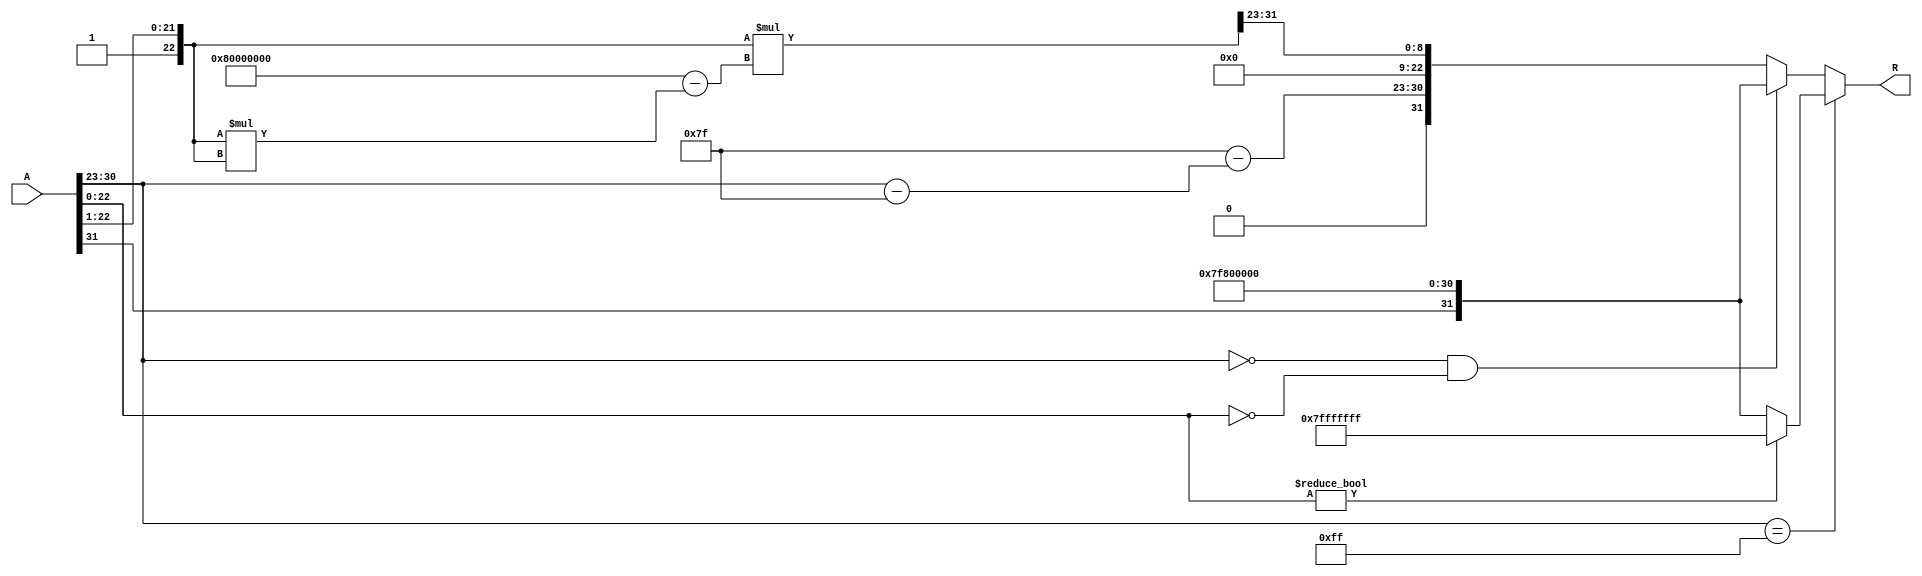
module floating_point_reciprocal (
    input  wire [31:0] A,      // 32-bit single-precision floating-point input
    output reg  [31:0] R       // 32-bit single-precision floating-point reciprocal output
);

    // Internal signals
    wire sign;
    wire [7:0] exponent;
    wire [22:0] mantissa;
    reg [7:0] R_exponent;
    reg [22:0] R_mantissa;
    reg [31:0] approx;
    
    // Constants
    localparam EXPONENT_BIAS = 8'd127;
    
    // Decompose the input A
    assign sign = A[31];
    assign exponent = A[30:23];
    assign mantissa = {1'b1, A[22:0]}; // Include implicit leading 1 for normalized numbers
    
    // Check for special cases
    always @(*) begin
        if (exponent == 8'b11111111) begin // Infinity or NaN
            if (mantissa != 23'b0) begin // NaN case
                R = 32'h7FFFFFFF; // Return NaN
            end else begin // Infinity case
                R = {sign, 8'b11111111, 23'b0}; // Return NaN
            end
        end else if (exponent == 8'b0 && mantissa == 23'b0) begin // Zero
            R = {sign, 8'b11111111, 23'b0}; // Return infinity
        end else begin
            // Calculate the reciprocal
            // Step 1: Calculate the exponent of the reciprocal
            R_exponent = EXPONENT_BIAS - (exponent - EXPONENT_BIAS);
            
            // Step 2: Initial approximation using Newton-Raphson method
            approx = {1'b1, mantissa[22:1]}; // 24-bit fixed-point representation
            
            // Newton-Raphson iteration (1 iteration)
            approx = approx * (32'h80000000 - approx * approx) >> 23; // approx = approx * (2 - approx * approx)
            
            // Step 3: Normalize the approximated mantissa
            R_mantissa = approx[22:0]; // Use the upper 23 bits
            
            // Step 4: Construct the output
            R = {1'b0, R_exponent, R_mantissa}; // Sign bit is 0 for positive reciprocals
        end
    end

endmodule